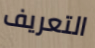
التعريف